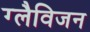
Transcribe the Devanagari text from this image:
ग्लैविजन